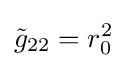
{\tilde {g}}_{22}=r_{0}^{2}